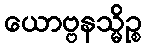
ယောဗ္ဗနသ္မိဉ္စ